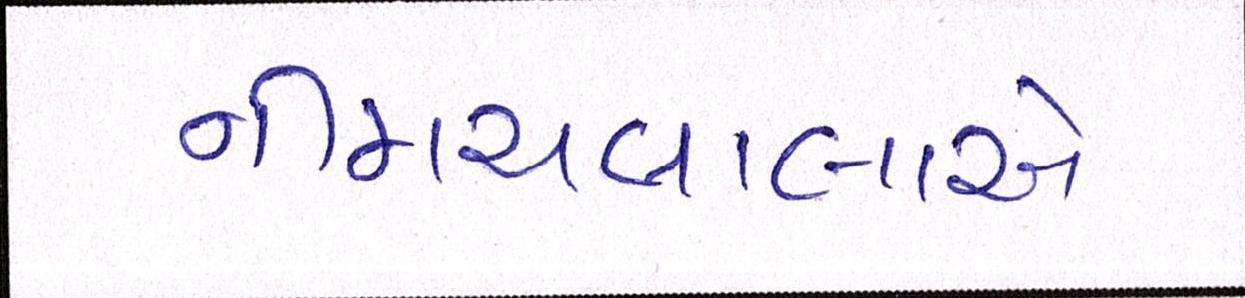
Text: નીમચવાલાએ